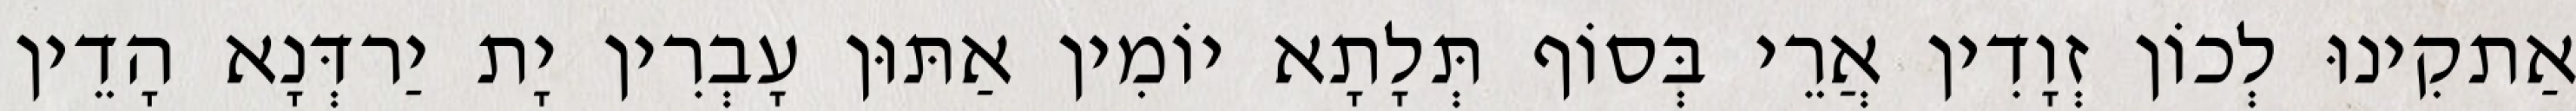
אַתקִינוּ לְכוֹן זְוָדִין אֲרֵי בְּסוֹף תְּלָתָא יוֹמִין אַתּוּן עָבְרִין יָת יַרדְּנָא הָדֵין